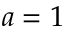
a = 1